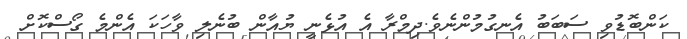
ކަންބޮޑުވި ސަބަބު އެނގުމުންނެވެ.ދިމްރާ އެ އުޅެނީ ޔުއާން ބުނެލި ވާހަކަ އެންމެ ގޯސްކޮށް